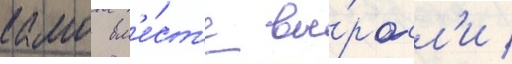
камо вм'е́ст'е вы́росл'и /